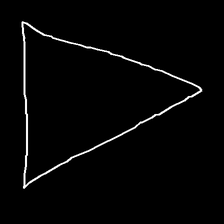
Glyph: convergence